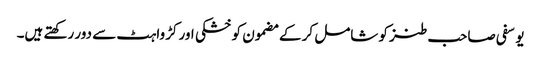
یوسفی صاحب طنز کو شامل کر کے مضمون کو خشکی اور کڑواہٹ سے دور رکھتے ہیں۔